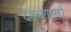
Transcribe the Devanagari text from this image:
देशभरातली